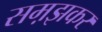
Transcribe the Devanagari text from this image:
सम़झकर